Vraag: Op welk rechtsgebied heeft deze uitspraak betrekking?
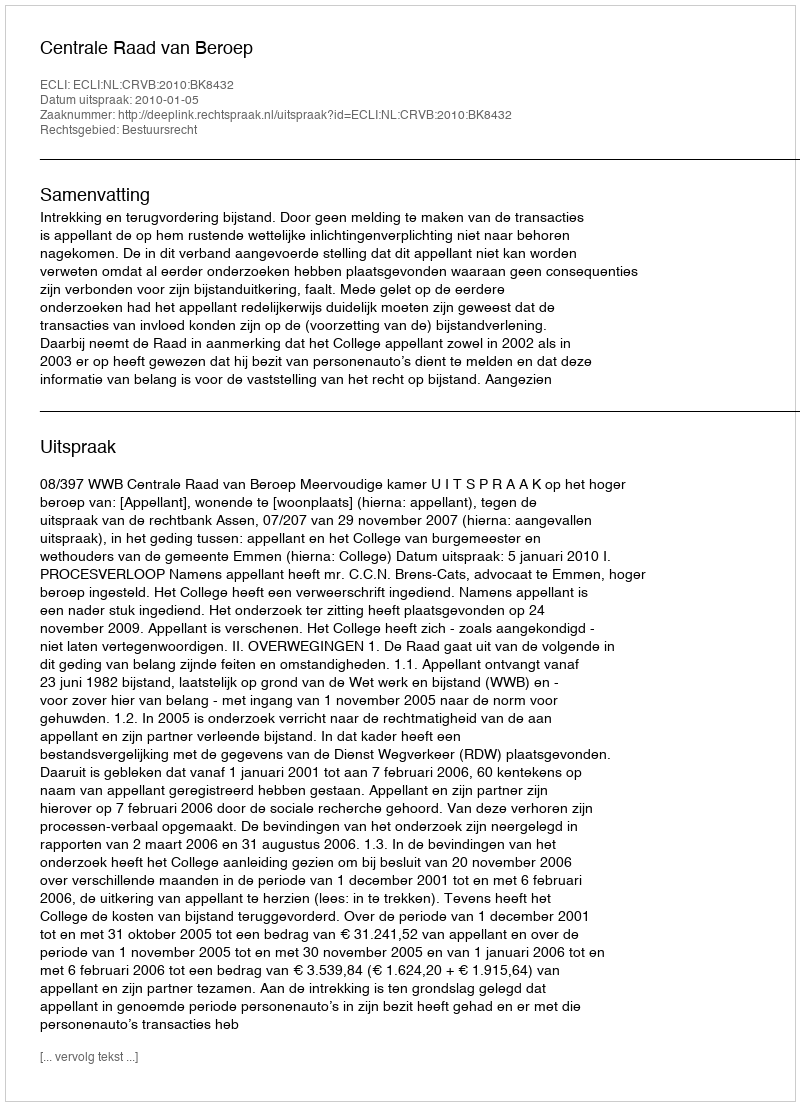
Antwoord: Bestuursrecht